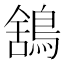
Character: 鵨